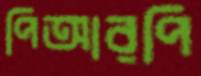
পিআরপি